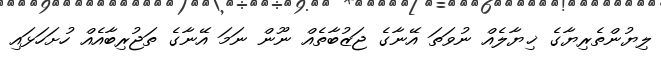
ލިޔުންތެރިޔާގެ ޚިޔާލެއް ނުވަތަ އޭނާގެ ޖަޒުބާތެއް ނޫން ނަމަ އޭނާގެ ތަޖުރިބާއެއް ހުށަހަޅައި